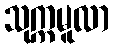
သုက္ကမူလာ